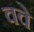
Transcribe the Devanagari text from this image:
ववे